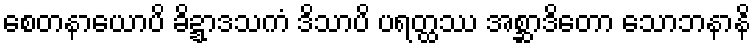
စေတနာယောပိ ခိဍ္ဍာဒသကံ ဒိသာပိ ပရတ္ထဿ အစ္ဆာဒိတော သောဘနာနိ